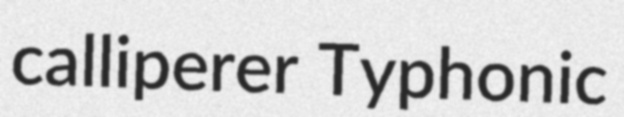
calliperer Typhonic